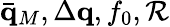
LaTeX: \bar{\mathbf q}_{M},\Delta\mathbf q,f_{0},\mathcal{R}